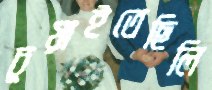
চুয়াইতেছিলি